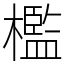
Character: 檻